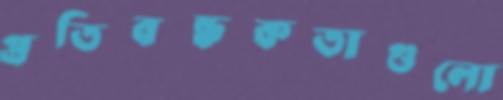
প্রতিবন্ধকতাগুলো